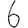
Digit: 6